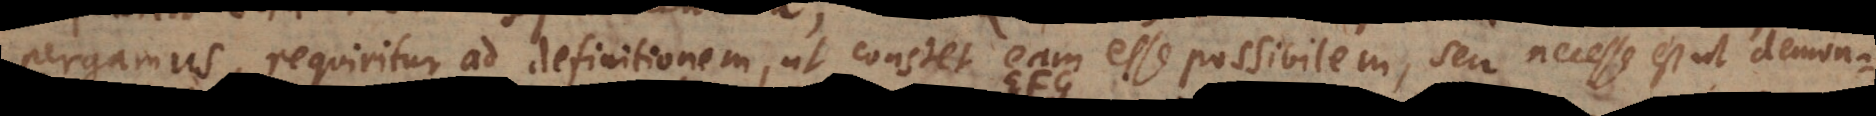
pergamus, requiritur ad definitionem, ut constet eam esse possibilem, seu necesse est ut demon